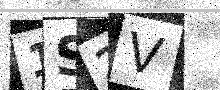
Text: 1S2V